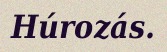
Húrozás.